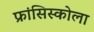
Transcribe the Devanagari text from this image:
फ्रांसिस्कोला